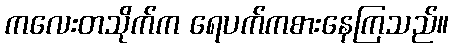
ကလေးတသိုက်က ရေပက်ကစားနေကြသည်။